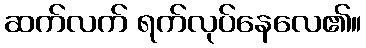
ဆက်လက် ရက်လုပ်နေလေ၏။